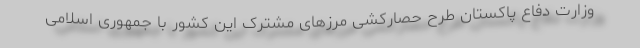
وزارت دفاع پاکستان طرح حصارکشی مرزهای مشترک این کشور با جمهوری اسلامی